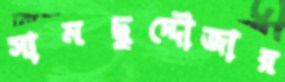
সামছুদ্দৌজার